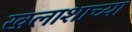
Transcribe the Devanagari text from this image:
खलाशाच्या